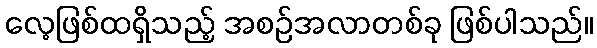
လေ့ဖြစ်ထရှိသည့် အစဉ်အလာတစ်ခု ဖြစ်ပါသည်။